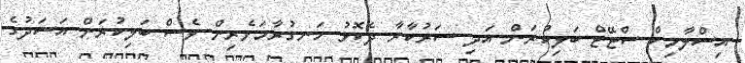
އިސްލާމިކް ސްޓޭޓް ބަލިކުރަން އަދި ސަރުކާރާ ދެކޮޅު ހަނގުރާމަވެރިން ވެސް ބަލިކުރަން އަސަދުގެ